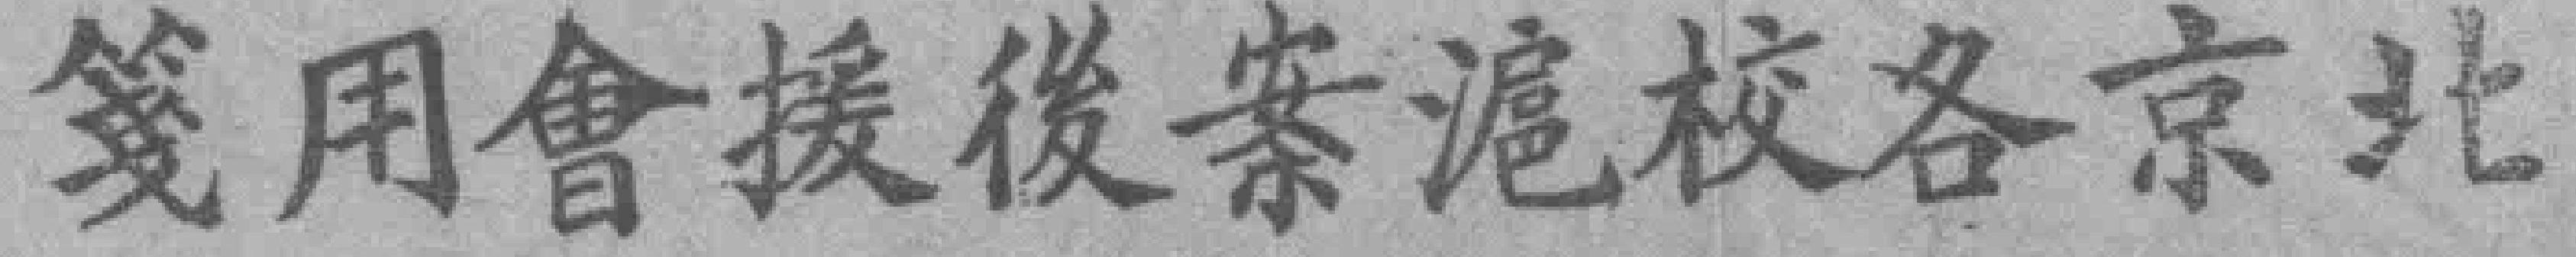
笺用會援後案滬校各京北